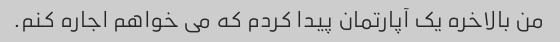
من بالاخره یک آپارتمان پیدا کردم که می خواهم اجاره کنم.